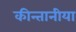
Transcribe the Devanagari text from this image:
कीन्तानीया